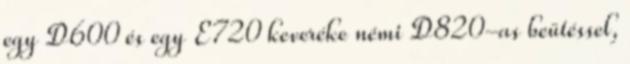
egy D600 és egy E720 keveréke némi D820-as beütéssel,